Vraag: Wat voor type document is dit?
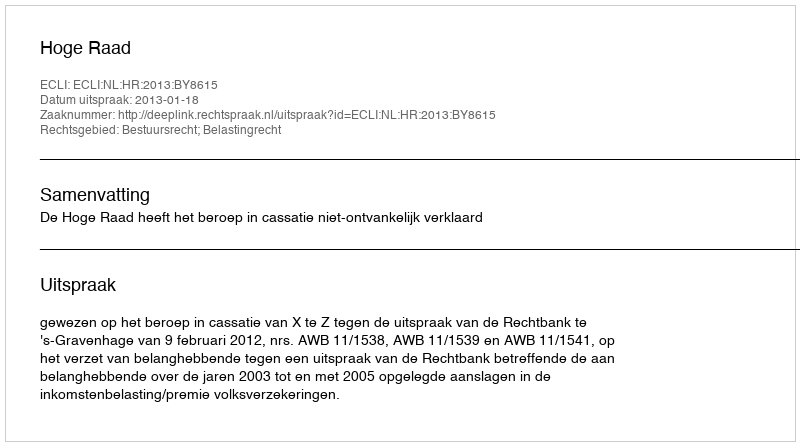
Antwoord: Uitspraak